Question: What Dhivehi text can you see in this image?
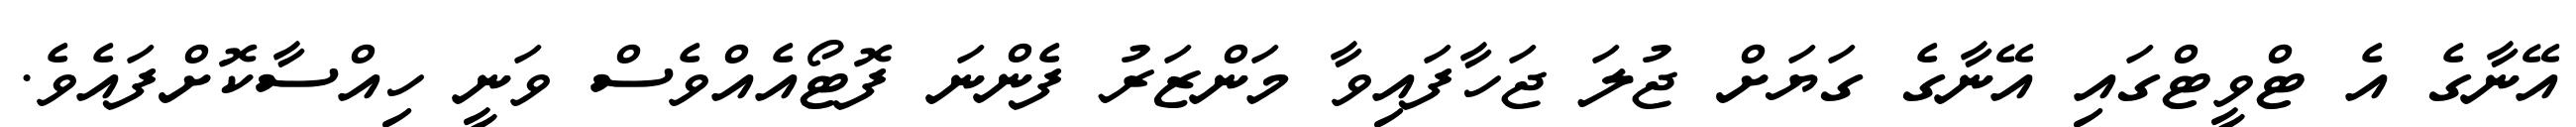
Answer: އޭނާގެ އެ ޓްވީޓްގައި އޭނާގެ ގަޔަށް ޖުލަ ޖަހާފައިވާ މަންޒަރު ފެންނަ ފޮޓޯއެއްވެސް ވަނީ ހިއްސާކޮށްފައެވެ.